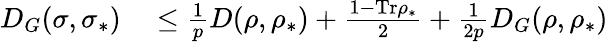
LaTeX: \begin{array}{rl}{D_{G}(\sigma,\sigma_{\ast})}&{{}\leq\frac{1}{p}D(\rho,\rho_{\ast})+\frac{1-\mathrm{Tr}\rho_{\ast}}{2}+\frac{1}{2p}D_{G}(\rho,\rho_{\ast})}\end{array}